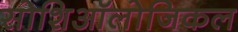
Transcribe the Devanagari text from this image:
सोशिऑलोजिकल